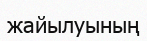
жайылуының